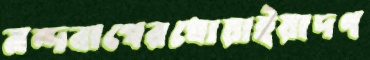
মন্দবাগেরধোয়াইয়াদণ